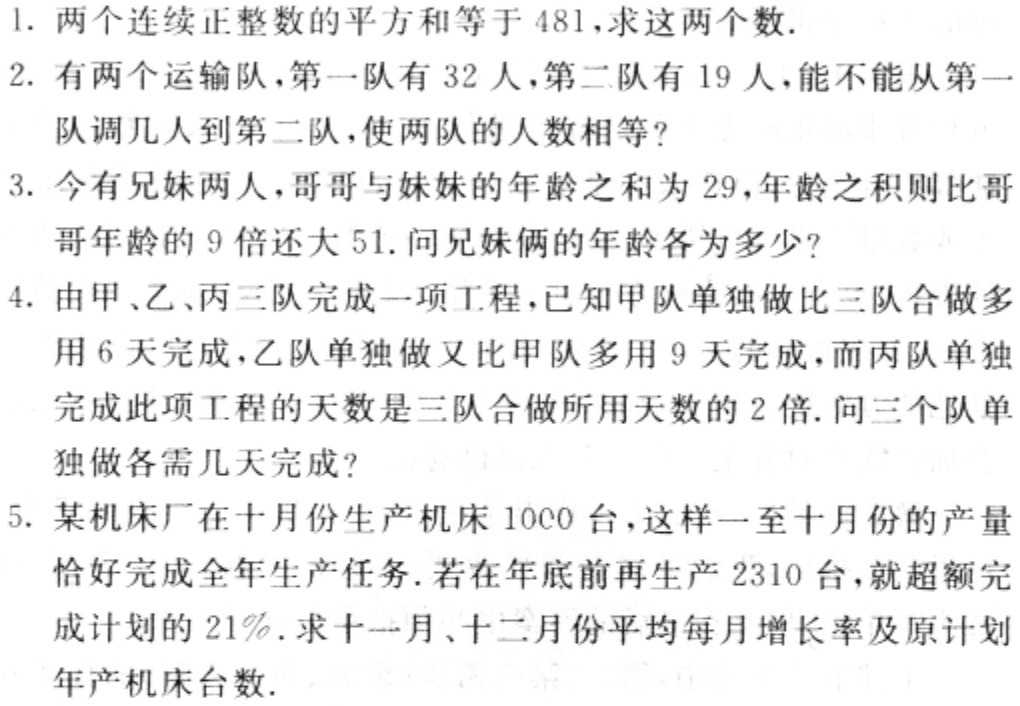
1. 两个连续正整数的平方和等于 481,求这两个数.

2. 有两个运输队,第一队有 32 人,第二队有 19 人,能不能从第一队调几人到第二队,使两队的人数相等?

3. 今有兄妹两人,哥哥与妹妹的年龄之和为 29,年龄之积则比哥哥年龄的 9 倍还大 51. 问兄妹俩的年龄各为多少?

4. 由甲、乙、丙三队完成一项工程,已知甲队单独做比三队合做多 用 6 天完成,乙队单独做又比甲队多用 9 天完成,而丙队单独完成此项工程的天数是三队合做所用天数的 2 倍. 问三个队单独做各需几天完成?

5. 某机床厂在十月份生产机床 1000 台,这样一至十月份的产量恰好完成全年生产任务. 若在年底前再生产 2310 台,就超额完成计划的 21%. 求十一月、十二月份平均每月增长率及原计划年产机床台数.